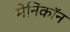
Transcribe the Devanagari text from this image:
मेनिकॉन